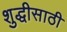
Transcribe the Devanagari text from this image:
शुद्धीसाठी